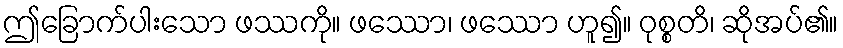
ဤခြောက်ပါးသော ဖဿကို။ ဖဿော၊ ဖဿော ဟူ၍။ ဝုစ္စတိ၊ ဆိုအပ်၏။